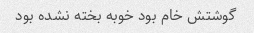
گوشتش خام بود خوبه بخته نشده بود